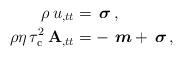
LaTeX: \begin{align*}\rho\,u_{,tt}&=\, \boldsymbol{\sigma} \, ,\\\rho\eta\, \tau_{\rm c}^2\,\mathbf{A}_{,tt}&=- \, \,\boldsymbol{m} + \,\boldsymbol{\sigma}\,,\end{align*}